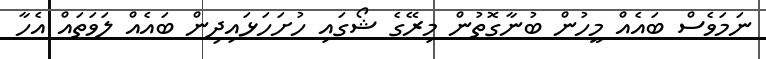
ނަމަވެސް ބައެއް މީހުން ބުނާގޮތުން މިރޭގެ ޝޯގައި ހުށަހަޅައިދިން ބައެއް ލަވަތައް އެހާ